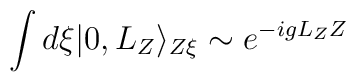
\int d\xi |0,L_{Z}\rangle_{Z\xi} \sim e^{-igL_{Z}Z}